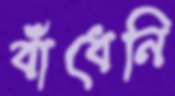
বাঁধেনি